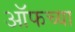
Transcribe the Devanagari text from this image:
ऑफच्या